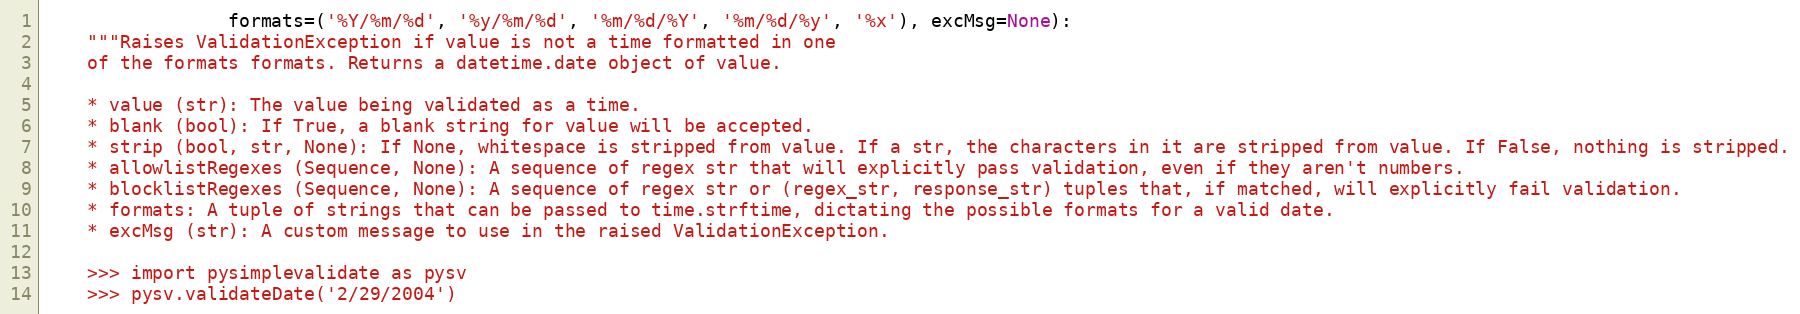
Language: Python
                 formats=('%Y/%m/%d', '%y/%m/%d', '%m/%d/%Y', '%m/%d/%y', '%x'), excMsg=None):
    """Raises ValidationException if value is not a time formatted in one
    of the formats formats. Returns a datetime.date object of value.

    * value (str): The value being validated as a time.
    * blank (bool): If True, a blank string for value will be accepted.
    * strip (bool, str, None): If None, whitespace is stripped from value. If a str, the characters in it are stripped from value. If False, nothing is stripped.
    * allowlistRegexes (Sequence, None): A sequence of regex str that will explicitly pass validation, even if they aren't numbers.
    * blocklistRegexes (Sequence, None): A sequence of regex str or (regex_str, response_str) tuples that, if matched, will explicitly fail validation.
    * formats: A tuple of strings that can be passed to time.strftime, dictating the possible formats for a valid date.
    * excMsg (str): A custom message to use in the raised ValidationException.

    >>> import pysimplevalidate as pysv
    >>> pysv.validateDate('2/29/2004')